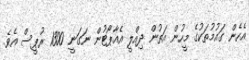
އެހެން ގައުމުތަކުގެ މީހުން އަތުން ދިއްލީ އެއާޕޯޓުން ނަގަނީ 1300 ރުޕީސް އެވެ.